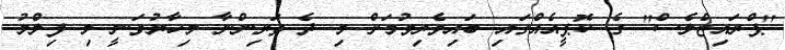
''ޕްރައިޒްލެސް'' ގެ ކޮޕީއެއްގައި ބައިވެރިވުމަށް މި ދެ ތަރިންނާ މިހާރުވަނީ މި ފިލްމު